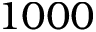
1 0 0 0